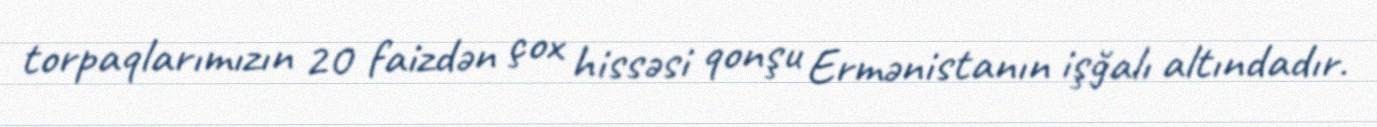
torpaqlarımızın 20 faizdən çox hissəsi qonşu Ermənistanın işğalı altındadır.